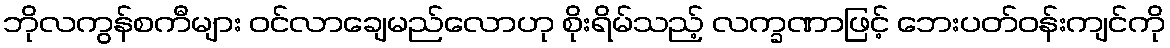
ဘိုလကွန်စကီများ ဝင်လာချေမည်လောဟု စိုးရိမ်သည့် လက္ခဏာဖြင့် ဘေးပတ်ဝန်းကျင်ကို